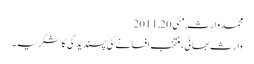
محمد وارث, ‏مئی 20, 2011
وارث بھائی، منتخب افسانے کی پسندیدگی کا شکریہ۔